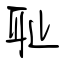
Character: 耻